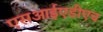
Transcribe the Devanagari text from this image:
एसआईएडीएच